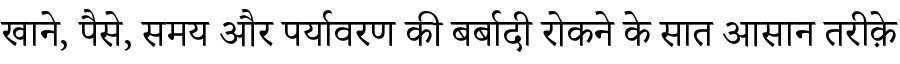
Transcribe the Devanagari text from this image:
खाने, पैसे, समय और पर्यावरण की बर्बादी रोकने के सात आसान तरीक़े